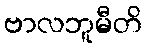
ဗာလဘူမီတိ